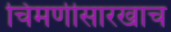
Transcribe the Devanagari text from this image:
चिमणीसारखाच